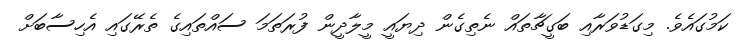
ކަމުގައެވެ. މިގަޑުވަރާއި ބަގީޗާތައް ނެތިގެން ދިޔައީ މީލާދީން ފުރަތަމަ ސައްތައިގެ ތެރޭގައި އެހިސާބަށް